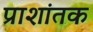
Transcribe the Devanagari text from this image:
प्राशांतक